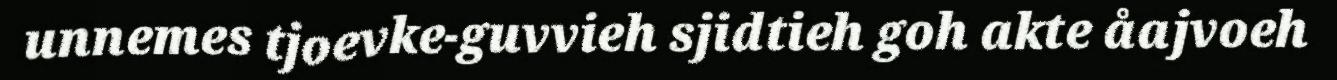
unnemes tjoevke-guvvieh sjidtieh goh akte åajvoeh